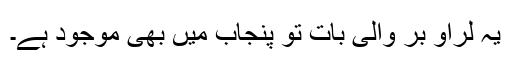
یہ لراو بر والی بات تو پنجاب میں بھی موجود ہے۔